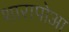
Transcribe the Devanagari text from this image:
शारापोआ